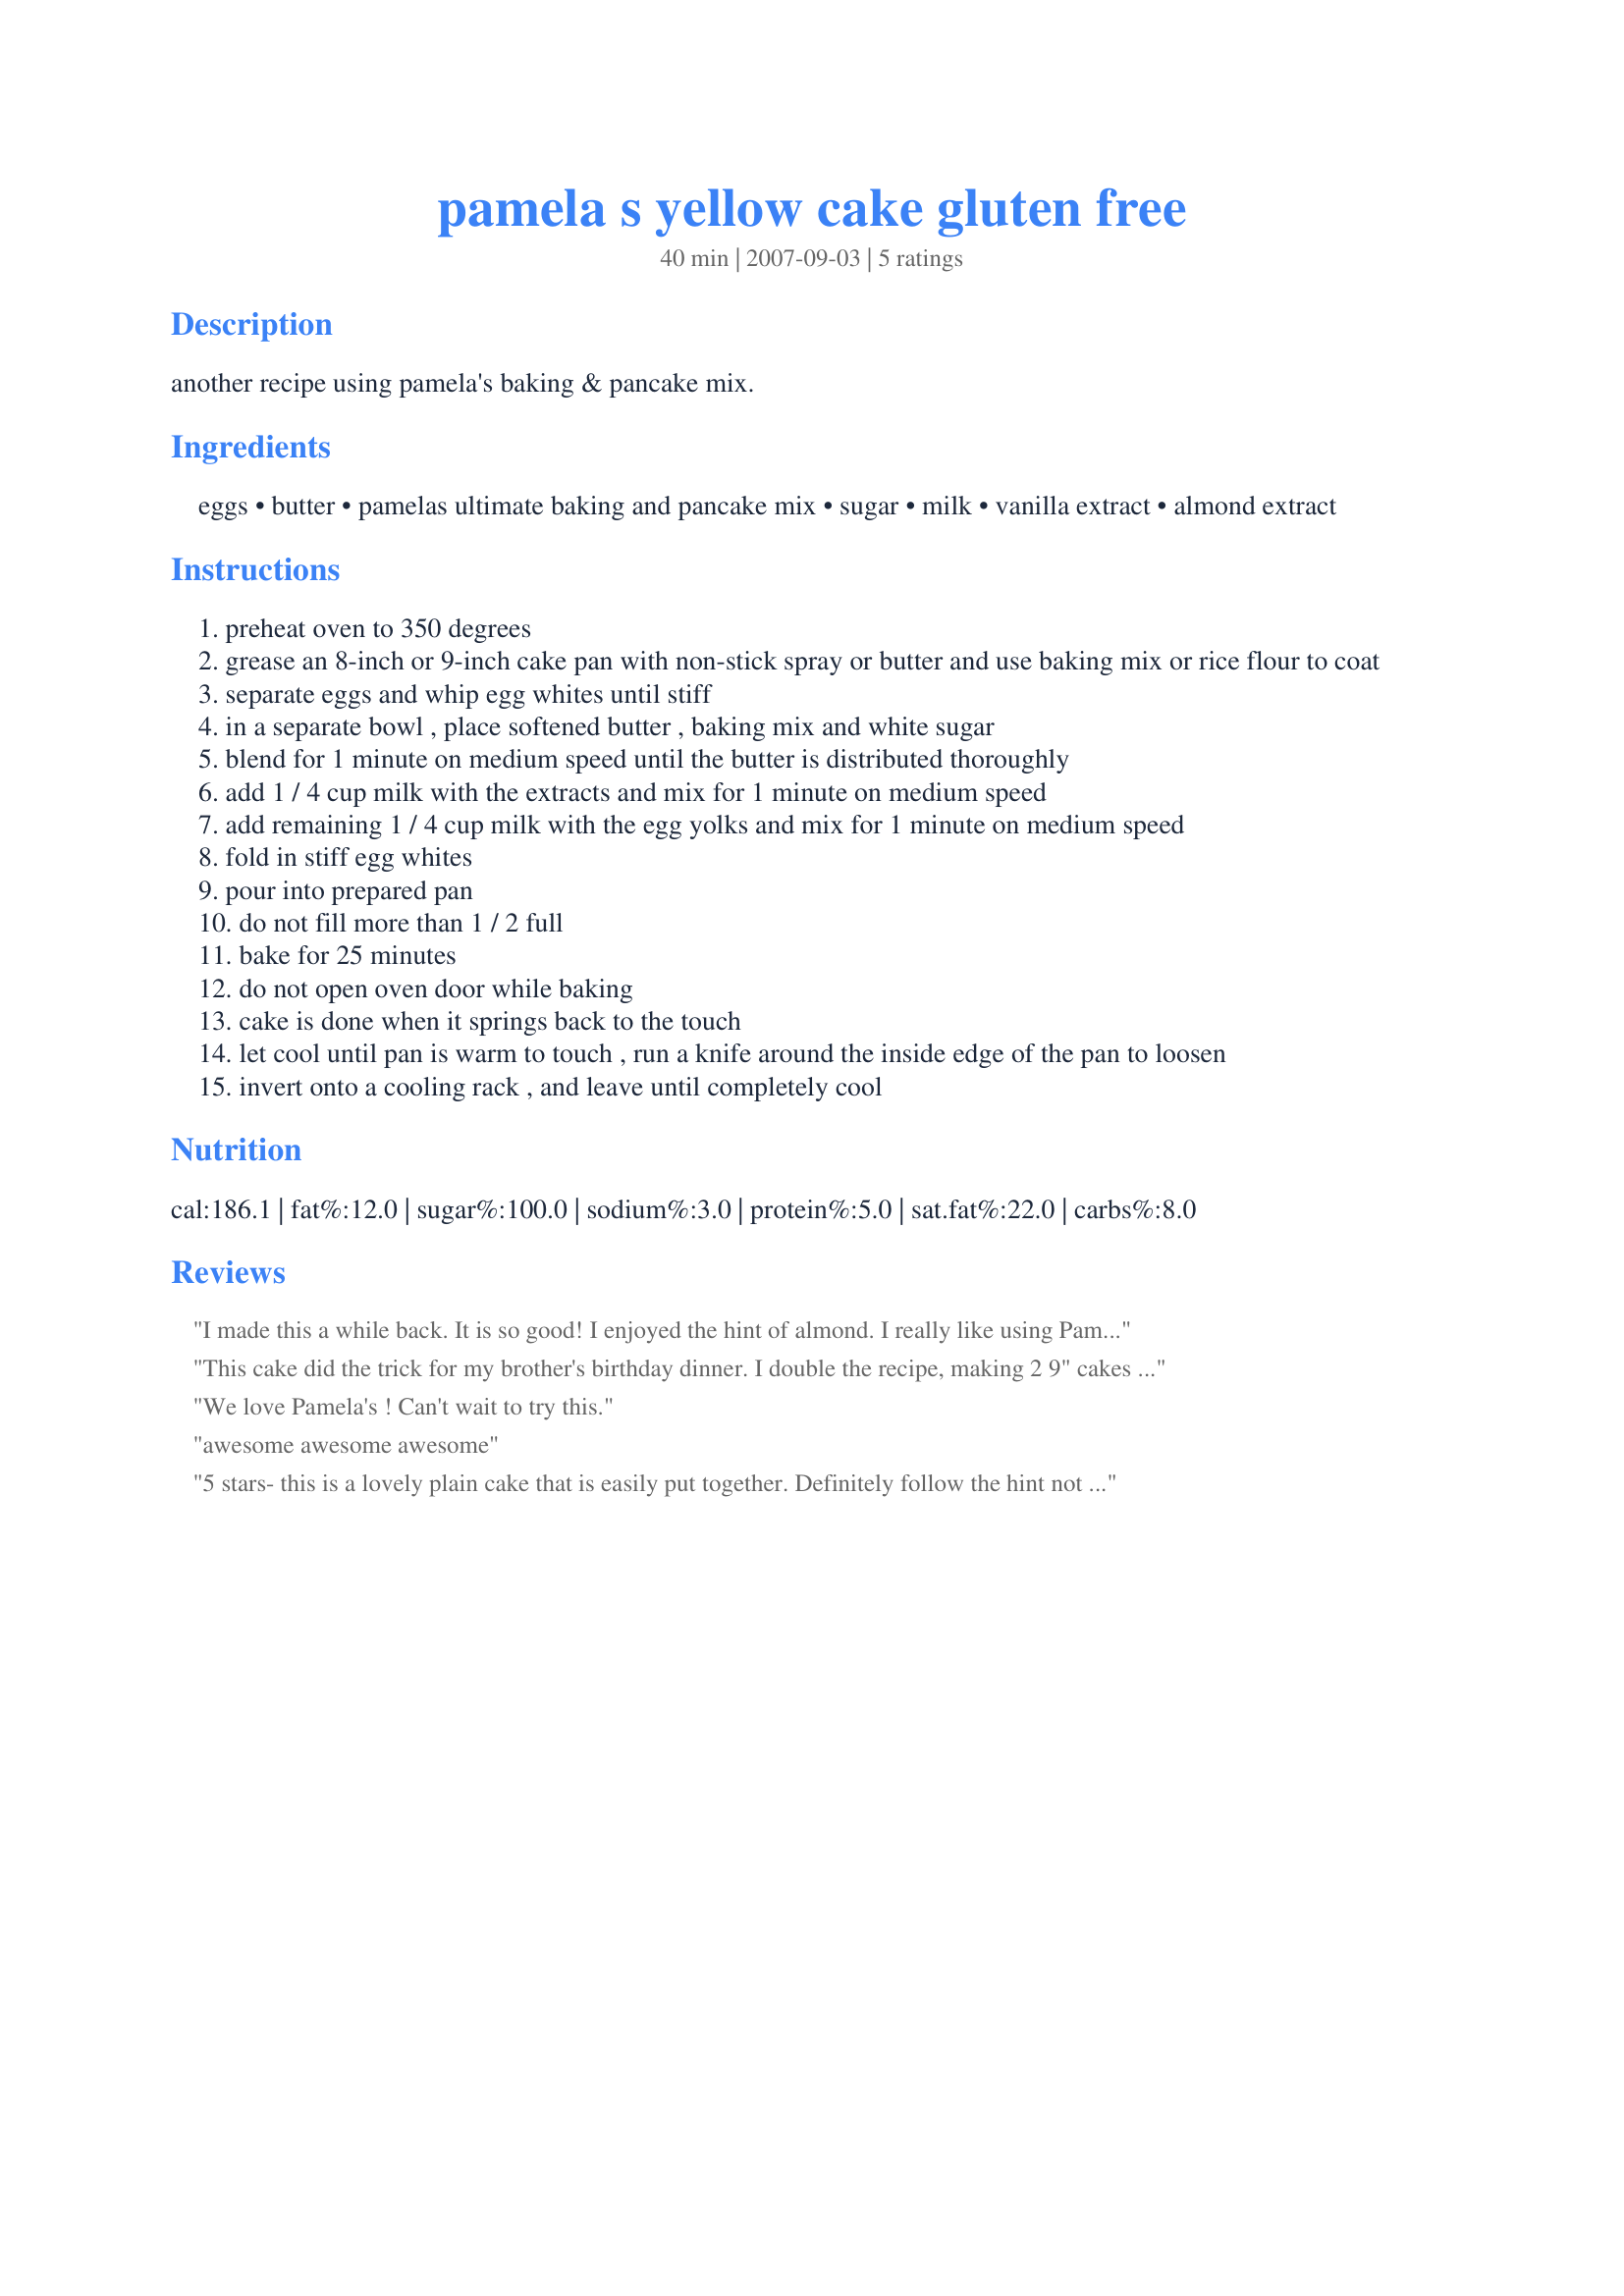
pamela s yellow cake gluten free
Preparation time: 40 minutes

another recipe using pamela's baking & pancake mix.

Ingredients:
eggs, butter, pamelas ultimate baking and pancake mix, sugar, milk, vanilla extract, almond extract

Steps:
preheat oven to 350 degrees
grease an 8-inch or 9-inch cake pan with non-stick spray or butter and use baking mix or rice flour to coat
separate eggs and whip egg whites until stiff
in a separate bowl , place softened butter , baking mix and white sugar
blend for 1 minute on medium speed until the butter is distributed thoroughly
add 1 / 4 cup milk with the extracts and mix for 1 minute on medium speed
add remaining 1 / 4 cup milk with the egg yolks and mix for 1 minute on medium speed
fold in stiff egg whites
pour into prepared pan
do not fill more than 1 / 2 full
bake for 25 minutes
do not open oven door while baking
cake is done when it springs back to the touch
let cool until pan is warm to touch , run a knife around the inside edge of the pan to loosen
invert onto a cooling rack , and leave until completely cool

Reviews:
I made this a while back. It is so good! I enjoyed the hint of almond. I really like using Pamela's mix because I can whip something together so quickly. The only problem is not eating it all in one sitting. :) Thank you for the wonderful recipe.
This cake did the trick for my brother's birthday dinner. I double the recipe, making 2 9" cakes to make a layered cake. They did in fact rise, so I'm glad I only filled the pans halfway, but then they sunk in the center while they cooled. It wasn't a huge problem because you couldn't even tell when I slathered the cake with homemade chocolate buttercream. Haha! My brother and I thought it kind of tasted like pancakes with frosting on them, which also isn't a problem because I love pancakes and I love frosting! Thank you for posting!
We love Pamela's ! Can't wait to try this.
awesome awesome awesome
5 stars- this is a lovely plain cake that is easily put together. Definitely follow the hint not to fill the cake pan more than 1/2 way as this cake really does rise! This cake is quite moist for a plain cake and has a thicker texture than most gluten-free cakes. Thankyou for another great recipe. Photo also to be posted
